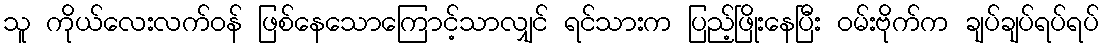
သူ ကိုယ်လေးလက်ဝန် ဖြစ်နေသောကြောင့်သာလျှင် ရင်သားက ပြည့်ဖြိုးနေပြီး ဝမ်းဗိုက်က ချပ်ချပ်ရပ်ရပ်